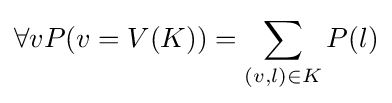
\forall vP(v=V(K))=\sum _{(v,l)\in K}P(l)